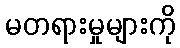
မတရားမှုများကို